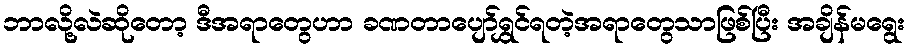
ဘာလို့လဲဆိုတော့ ဒီအရာတွေဟာ ခဏတာပျော်ရွှင်ရတဲ့အရာတွေသာဖြစ်ပြီး အချိန်မရွေး